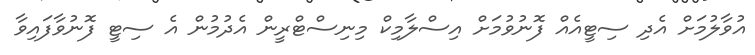
އުވާލުމަށް އެދި ސިޓީއެއް ފޮނުވުމަށް އިސްލާމިކް މިނިސްޓްރީން އެދުމުން އެ ސިޓީ ފޮނުވާފައިވާ